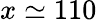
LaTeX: x\simeq 110